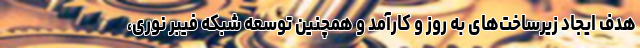
هدف ایجاد زیرساخت‌های به روز و کارآمد و همچنین توسعه شبکه فیبر نوری،